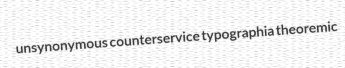
unsynonymous counterservice typographia theoremic